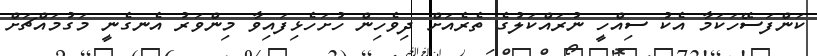
ކަންފަސޭހަކަމާ އެކު ސިއްހީ ނުރައްކަލުގެ ތެރެއަށް ދިވެހިން ހުށަހެޅިފައިވާ މިންވަރު އެނގެނީ މަގުމައްޗަށް